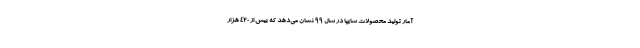
آمار توليد محصولات سايپا در سال ۹۹ نشان مي‌دهد كه بیش از ۴۲۰ هزار